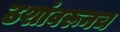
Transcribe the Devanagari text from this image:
ठशांवरूनच